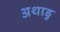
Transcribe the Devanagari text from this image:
अथाडु